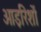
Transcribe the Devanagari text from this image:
आइरिशों